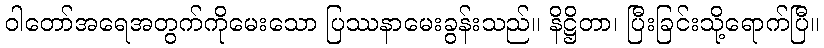
ဝါတော်အရေအတွက်ကိုမေးသော ပြဿနာမေးခွန်းသည်။ နိဋ္ဌိတာ၊ ပြီးခြင်းသို့ရောက်ပြီ။